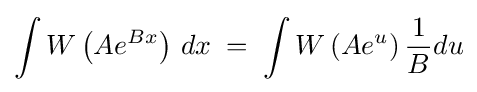
\int W\left(Ae^{Bx}\right)\,dx\;=\;\int W\left(Ae^{u}\right){\frac {1}{B}}du